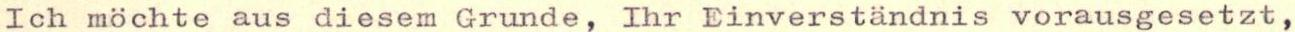
Ich möchte aus diesem Grunde, Ihr Einverständnis vorausgesetzt,